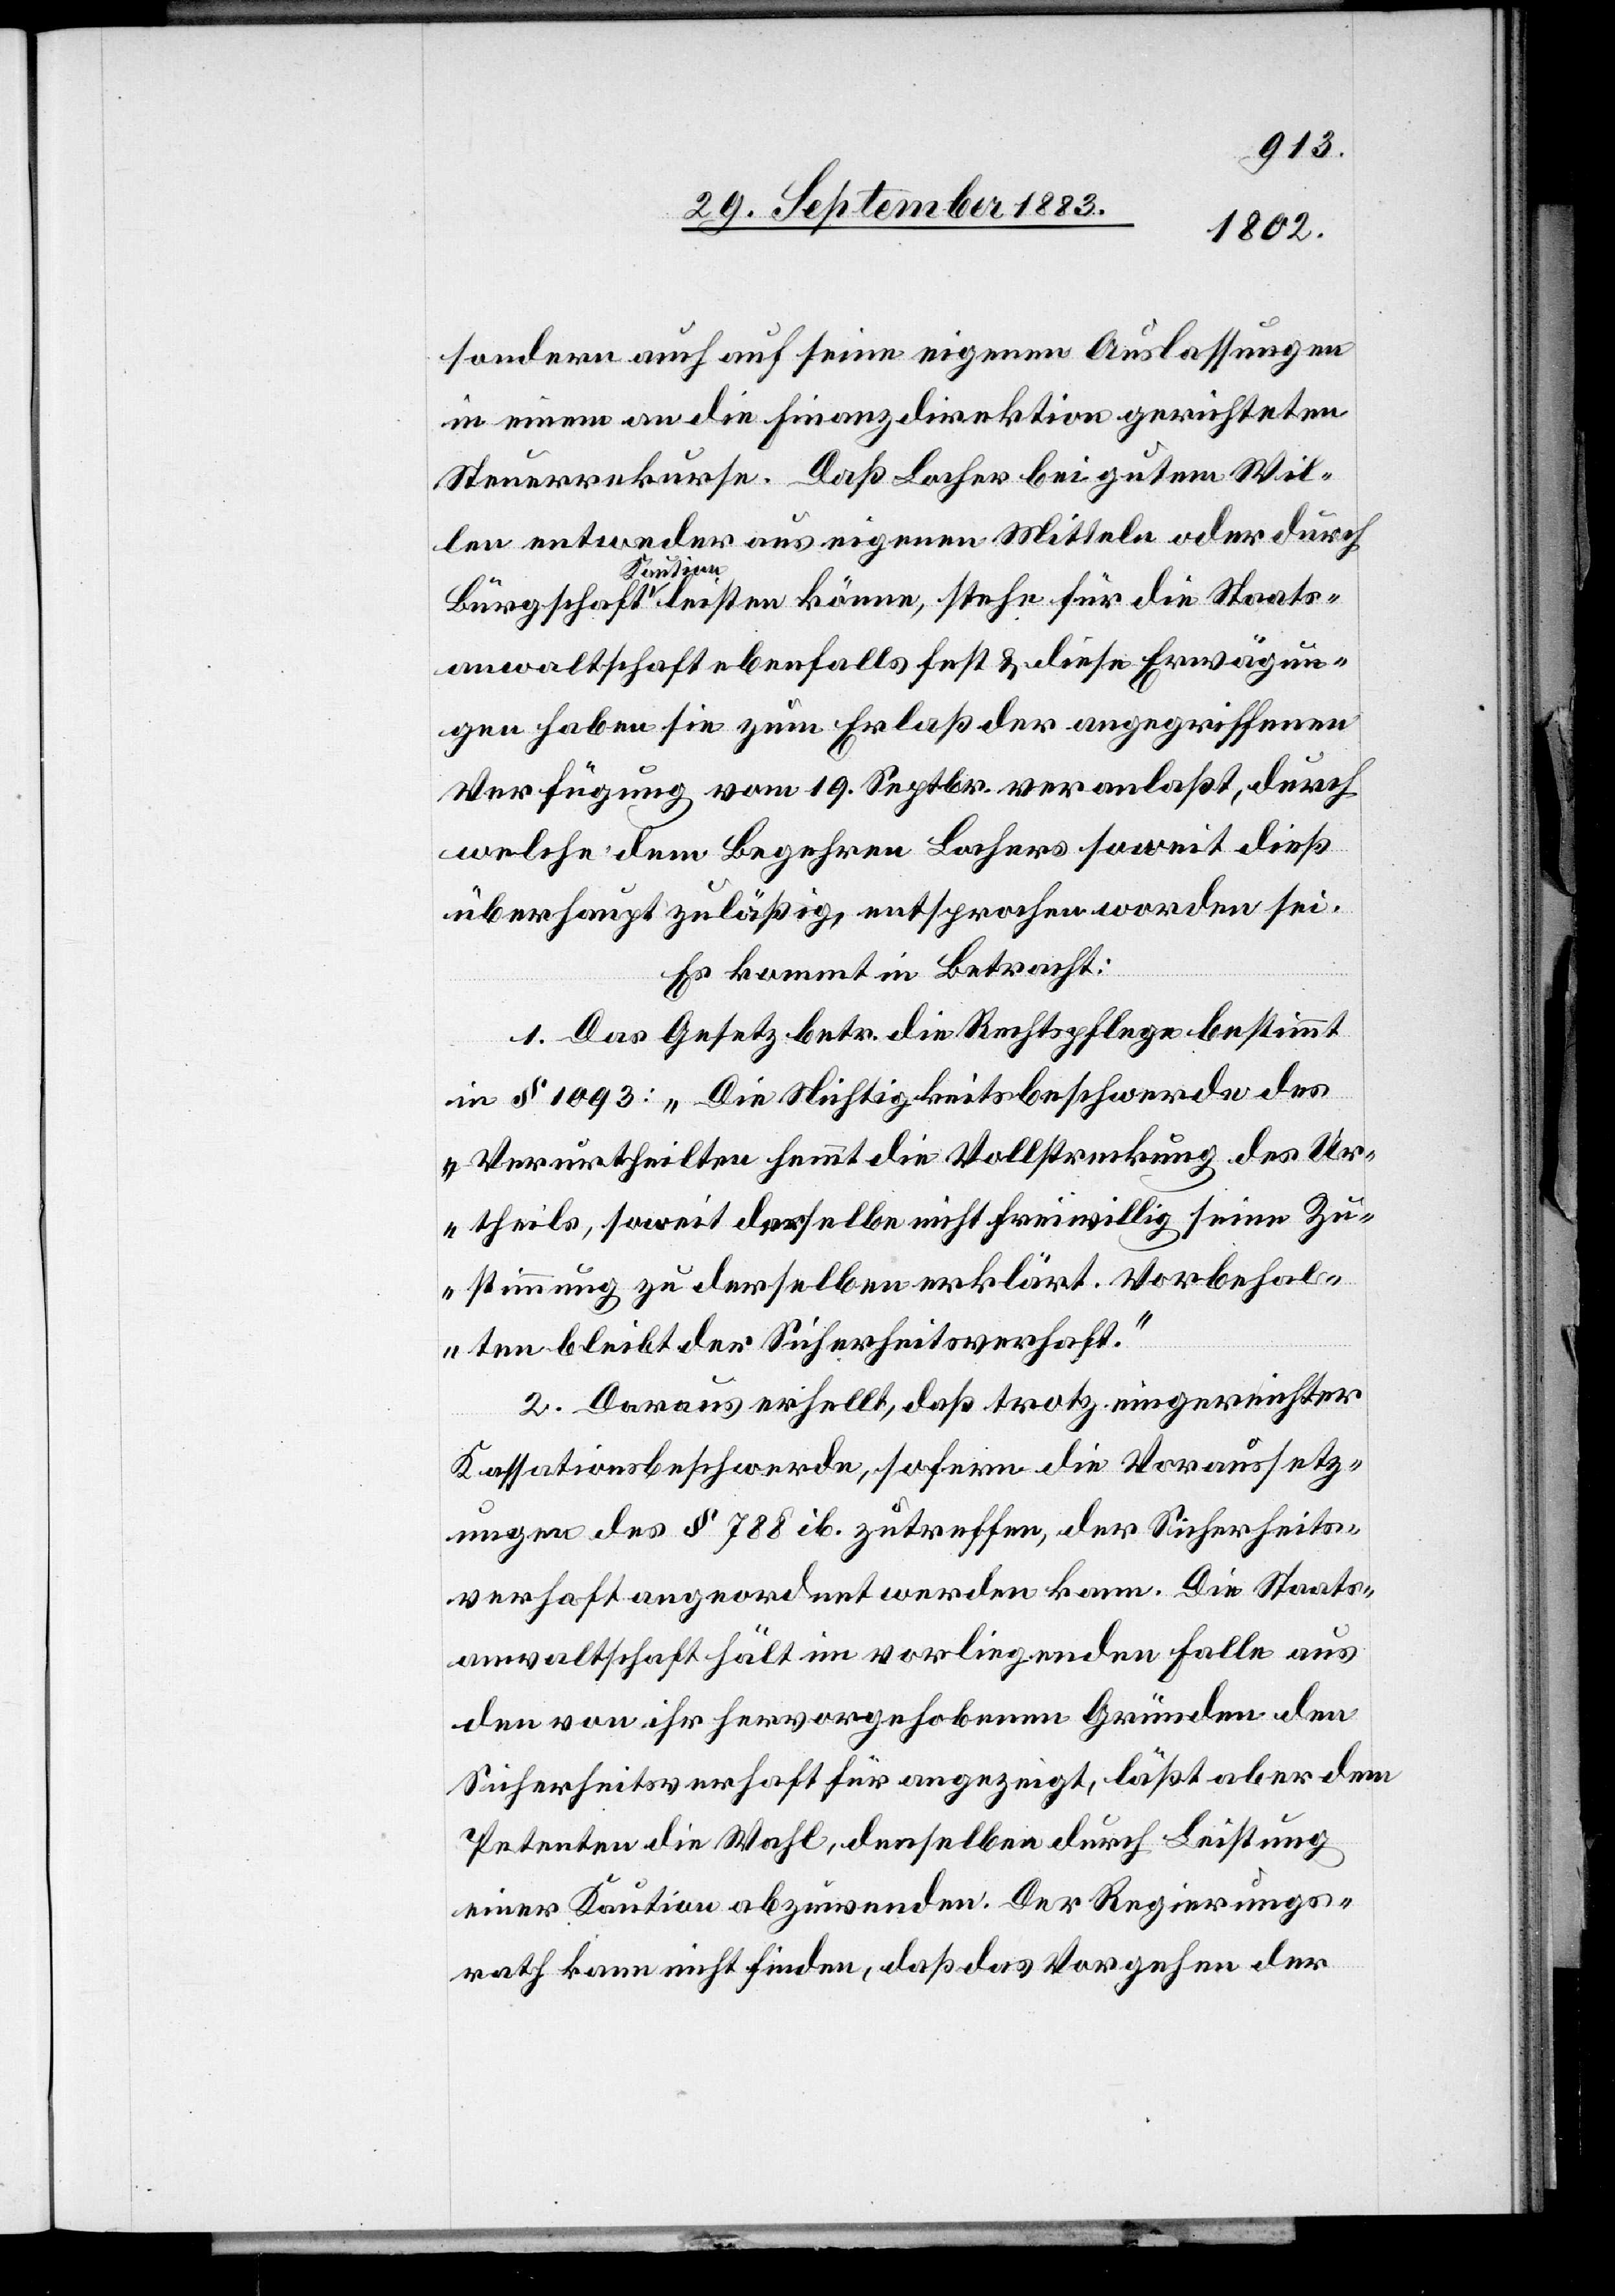
sondern auch auf seine eigenen Auslassungen
in einem an die Finanzdirektion gerichteten
Steuerrekurse. Daß Locher bei gutem Wil¬
len entweder aus eigenen Mitteln oder durch
Bürgschaft Kaution leisten könne, stehe für die Staats¬
anwaltschaft ebenfalls fest & diese Erwägun¬
gen haben sie zum Erlaß der angegriffenen
Verfügung vom 19. Septbr. veranlaßt, durch
welche dem Begehren Lochers soweit dieß
überhaupt zuläßig, entsprochen worden sei.
Es kommt in Betracht:
1. Das Gesetz betr. die Rechtspflege bestimmt
in § 1093: „Die Nichtigkeitsbeschwerde des
Verurtheilten hemmt die Vollstreckung des Ur¬
theils, soweit derselbe nicht freiwillig seine Zu¬
stimmung zu derselben erklärt. Vorbehal¬
ten bleibt der Sicherheitsverhaft.“
2. Daraus erhellt, daß trotz eingereichter
Kassationsbeschwerde, sofern die Voraussetz¬
ungen des § 788 ib. zutreffen, der Sicherheits¬
verhaft angeordnet werden kann. Die Staats¬
anwaltschaft hält im vorliegenden Falle aus
den von ihr hervorgehobenen Gründen den
Sicherheitsverhaft für angezeigt, läßt aber dem
Petenten die Wahl, denselben durch Leistung
einer Kaution abzuwenden. Der Regierungs¬
rath kann nicht finden, daß das Vorgehen der